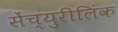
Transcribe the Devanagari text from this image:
सेंच्युरीलिंक